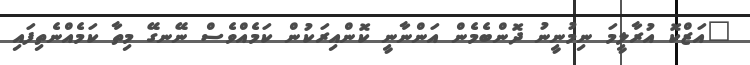
"އަޒްކޮ އުރާލީމަ ނިމުނީނު ދޮންބެމެން އަންނާނީ ކޮންއިރަކުން ކަމެއްވެސް ނޭނގޭ މިތާ ކަމެއްނެތިފައި